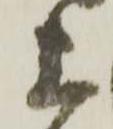
上